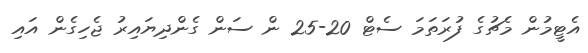
އެޓީމުން މެޗުގެ ފުރަތަމަ ސެޓް 20-25 ން ސަން ގެންދިޔައިރު ޖެހިގެން އައި